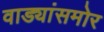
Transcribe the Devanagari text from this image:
वाड्यांसमोर